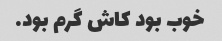
خوب بود کاش گرم بود.